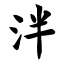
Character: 泮